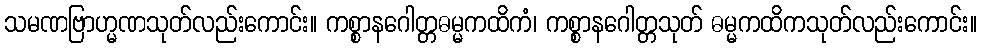
သမဏဗြာဟ္မဏသုတ်လည်းကောင်း။ ကစ္စာနဂေါတ္တဓမ္မကထိကံ၊ ကစ္စာနဂေါတ္တသုတ် ဓမ္မကထိကသုတ်လည်းကောင်း။